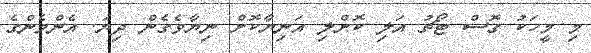
މި މީހަކު ގޮސް ޓޯޗު އަލި ކޮށްލި އަނިޔާކޮށް ނިޔާވެގެން ދިޔަ. އެންމެންގެ